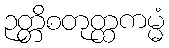
ဉတ္တိစတုတ္ထကမ္မံ